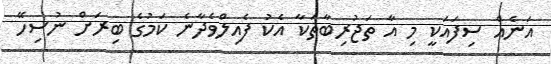
އަނެއް ސިފައަކީ މި އާ ތަޖުރިބާތަކާ އެކު ފެއިލްވެދާނެ ކަމުގެ ބިރަށް ނުސިހޭ